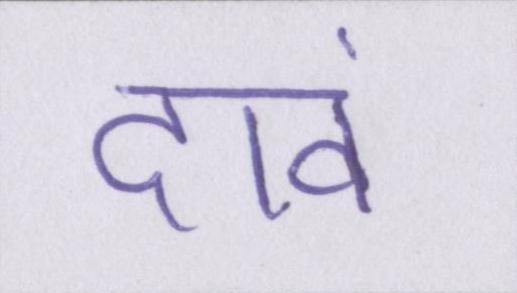
दावं